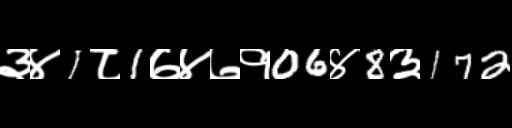
Text: ३४1८1७४७१06४8३172